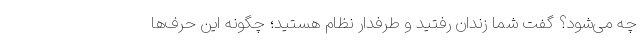
چه می‌شود؟ گفت شما زندان رفتید و طرفدار نظام هستید؛ چگونه این حرف‌ها